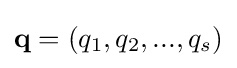
\mathbf {q} =(q_{1},q_{2},...,q_{s})